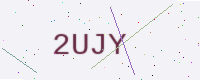
Text: 2UJY